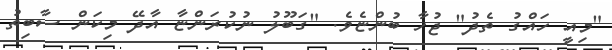
"މިއީ ހައްގު ތެދު" ޖުހާ ބުންޏެވެ. "ގަބޫލު ނުކުރަންޏާ އާދޭ މިކަން ސާބިތު